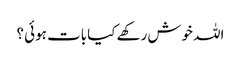
اللہ خوش رکھے کیا بات ہوئی ؟